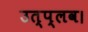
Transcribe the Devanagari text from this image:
उत्प्लव।